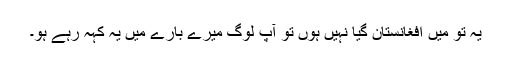
یہ تو میں افغانستان گیا نہیں ہوں تو آپ لوگ میرے بارے میں یہ کہہ رہے ہو۔